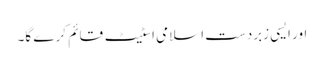
اور ایسی زبردست اسلامی اسٹیٹ قائم کر ے گا۔